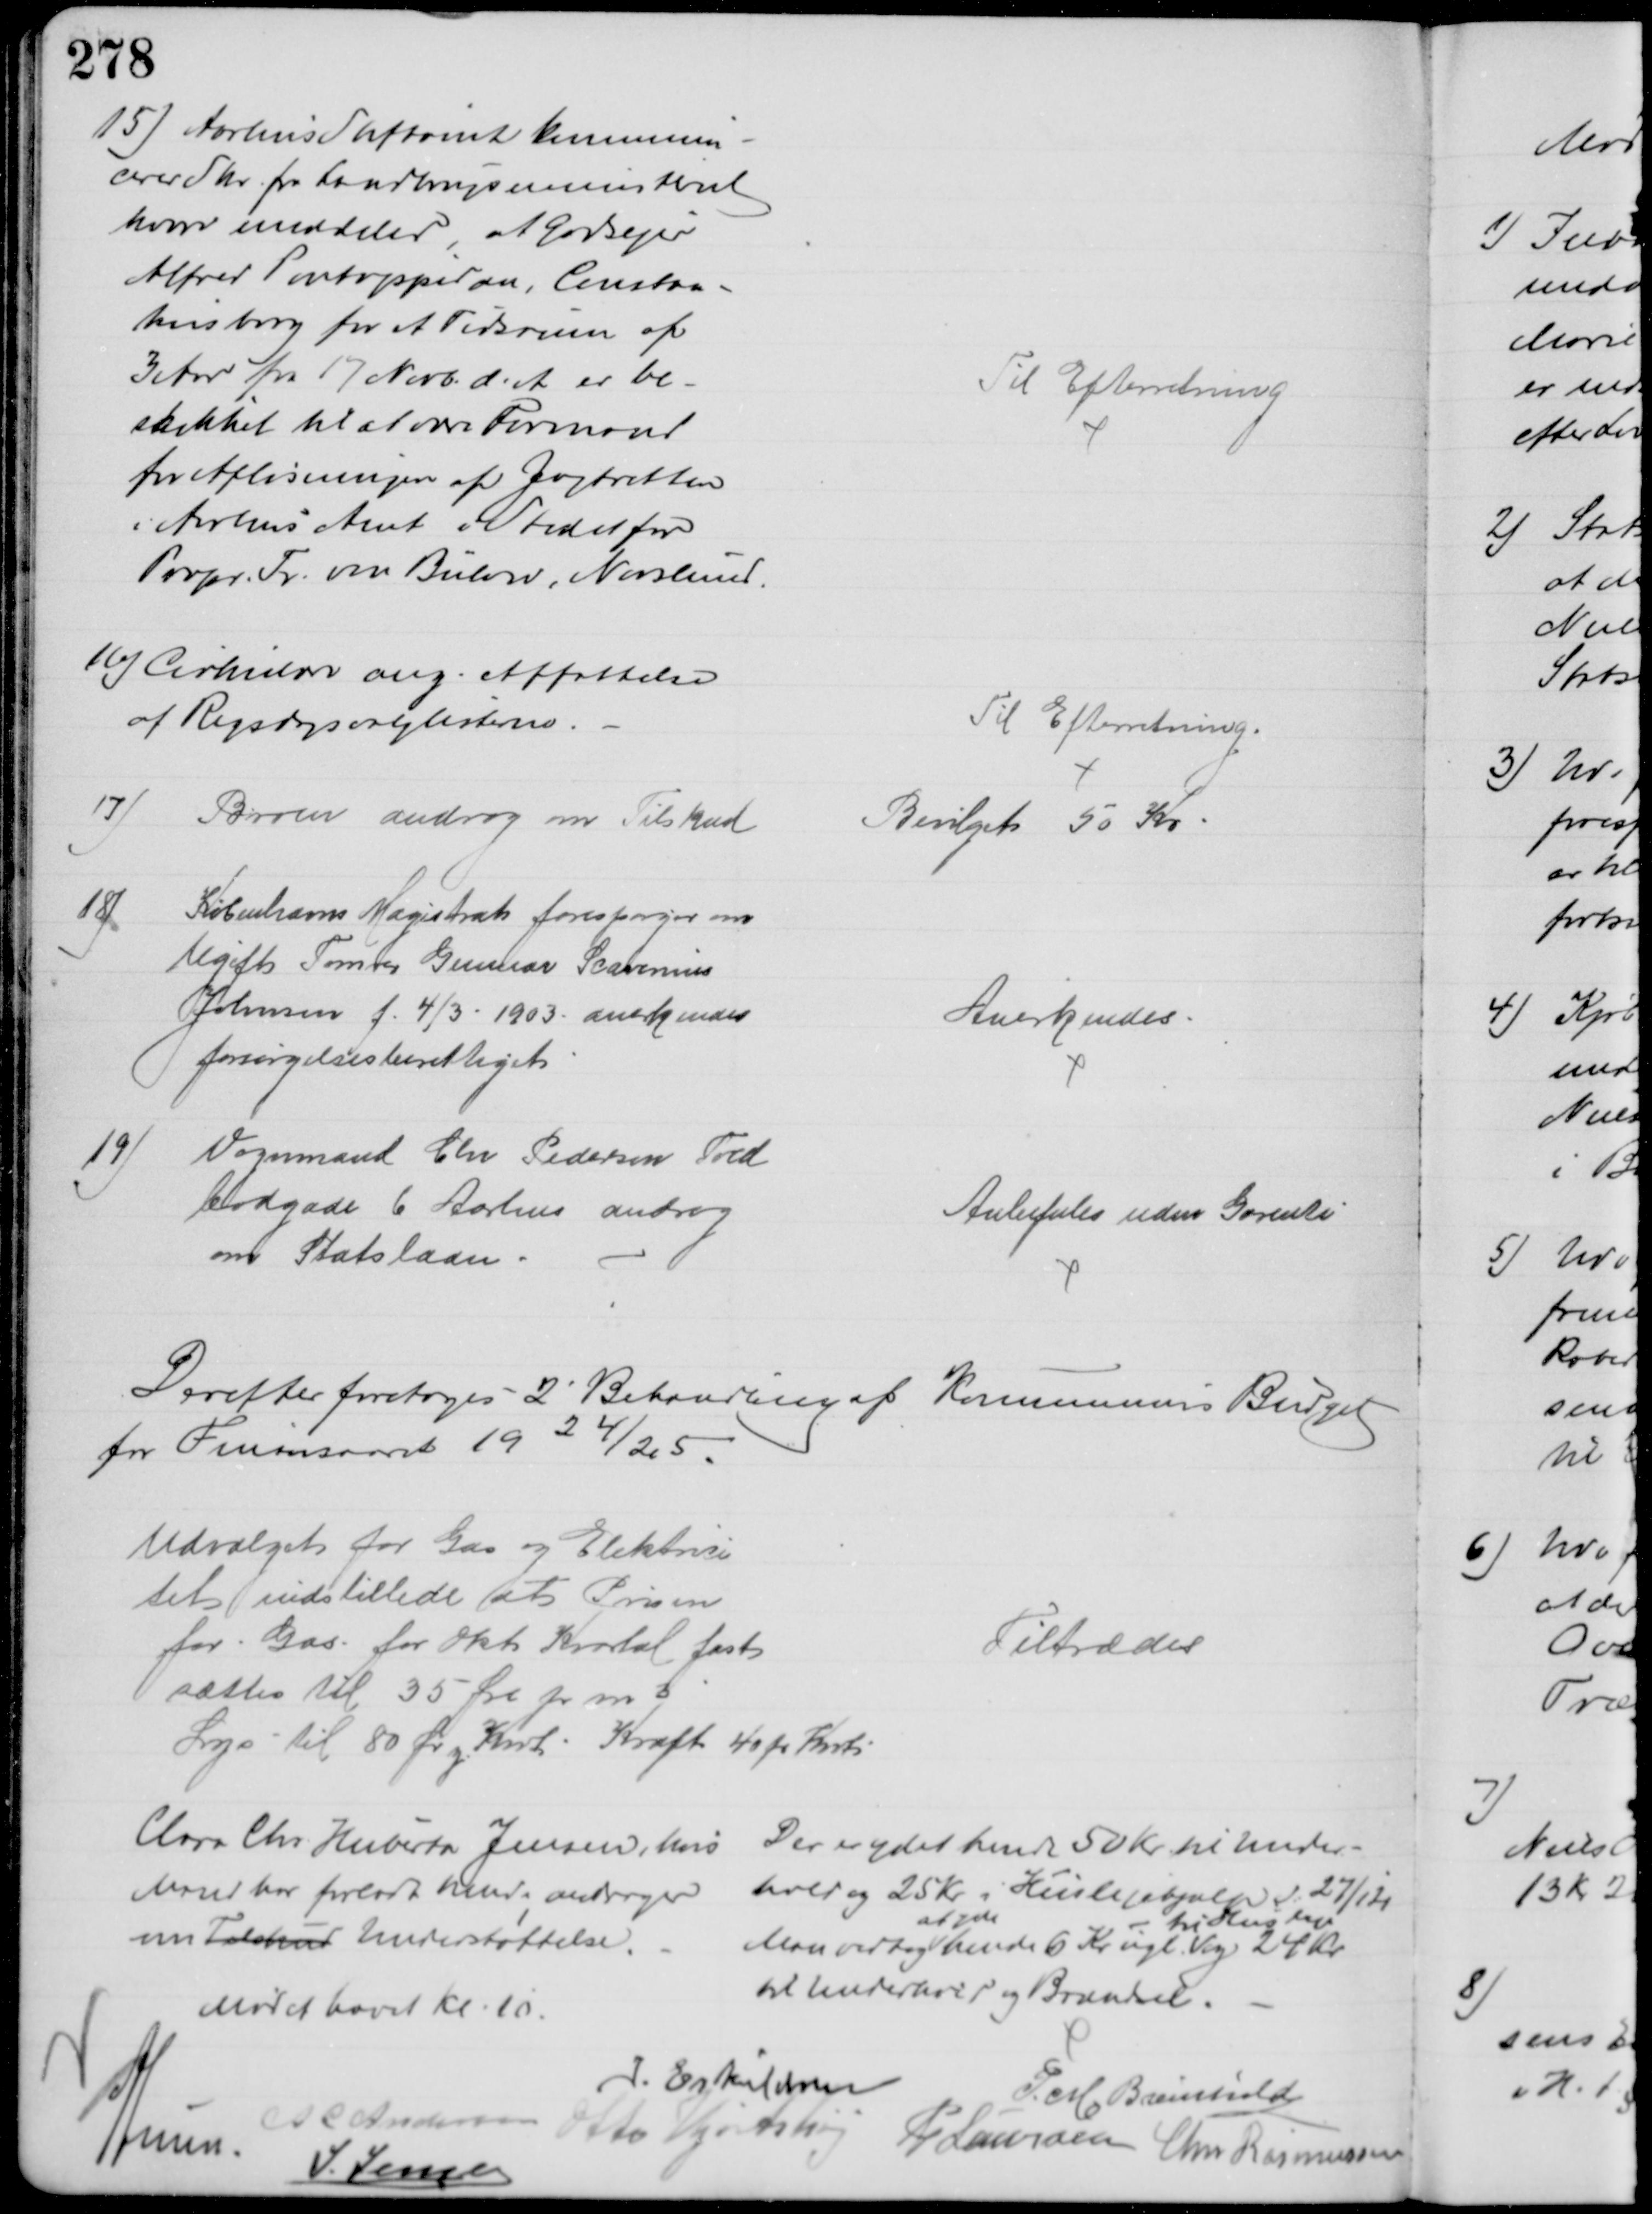
Transskription:
15) Aarhus Stiftamt kommuni-
cerer Skr. fra Landbrugsministeriet
hvori meddeles, at Godsejer
Alfred Pontoppidan, Constan-
tinsborg for et Tidsrum af 
3 Aar fra 17 Novb. d. A. er be-
skikket til at være Formand
for Afløsningen af Jagtretten
i Aarhus Amt i Stedet for
Propr. Fr. von Bülow, Norslund.
Til Efterretning
16) Cirkulære ang. Affattelse
af Rigsdagsvalglisterne.
Til Efterretning.
17) Broen androg om Tilskud
Bevilget 50 Kr
18)
Københavns Magistrat forespørger om
Ugift Tømrer Gunnar Scavenius
Johnsen f. 4/3 - 1903 anerkendes
forsørgelsesberettiget
Anerkendes
19)
Vognmand Chr Pedersen Told
bodgade 6 Aarhus androg
om Statslaan
Anbefales uden Garenti
Derefter foretoges 2' Behandling af Kommunens Budget
for Finansaaret 1924/25.
Udvalget for Gas og Elektrici
tet indstillede at Prisen
for Gas for Okt. Kvartal fast
sættes til 35 Øre pr m3
Lys til 80 Ør pr Kwh. Kraft 40 pr Kwh
Tiltrædes
Clara Chr Huberta Jensen, hvis
Mand har forladt hende andrager
om Tilskud Understøttelse.
Der er ydet hende 50 Kr til Under-
hold og 25 Kr i Huslejehjælp d. 27/12
Man vedtog 
at yde
hende 6 Kr ugl.
til Husleje
og 24 Kr
til Underhold og Brændsel.
Mødet hævet Kl. 10.
I. Eskildsen
P. M. Breinhild
A C Andersen
Otto Hjortshøj
P Laursen
Chr Rasmussen
A Lund
J. Jensen